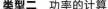
类型二 功率的计算